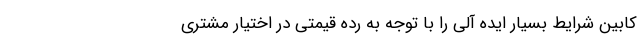
کابین شرایط بسیار ایده آلی را با توجه به رده قیمتی در اختیار مشتری